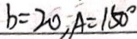
b = 2 0 , A = 1 5 0 ^ { \circ }